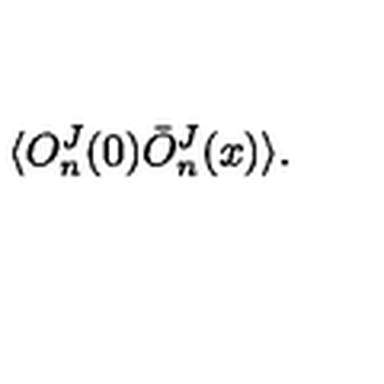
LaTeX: \langle O _ { n } ^ { J } ( 0 ) \bar { O } _ { n } ^ { J } ( x ) \rangle .